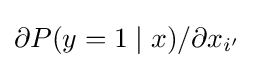
\partial P(y=1\mid x)/\partial x_{i'}